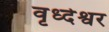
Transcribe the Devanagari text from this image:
वृध्देश्वर